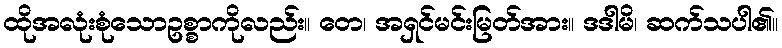
ထိုအလုံးစုံသောဥစ္စာကိုလည်း။ တေ၊ အရှင်မင်းမြတ်အား။ ဒဒါမိ၊ ဆက်သပါ၏။